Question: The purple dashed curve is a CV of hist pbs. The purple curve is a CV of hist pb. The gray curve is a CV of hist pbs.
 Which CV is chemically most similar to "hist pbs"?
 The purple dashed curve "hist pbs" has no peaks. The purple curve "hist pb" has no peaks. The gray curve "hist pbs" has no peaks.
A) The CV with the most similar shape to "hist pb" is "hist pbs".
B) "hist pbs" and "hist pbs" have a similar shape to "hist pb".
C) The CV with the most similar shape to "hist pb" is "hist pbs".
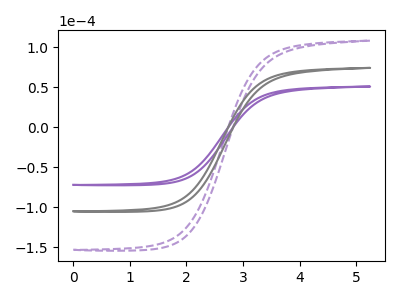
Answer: <think>Neither "hist pbs" or "hist pb" have any peaks. Neither "hist pbs" or "hist pbs" have any peaks. Neither "hist pb" or "hist pbs" have any peaks.
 </think>
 <answer>B) "hist pbs" and "hist pbs" have a similar shape to "hist pb".</answer>
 <eval>B</eval>